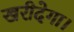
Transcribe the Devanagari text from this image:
खरीदेगा।